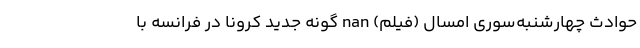
حوادث چهارشنبه‌سوری امسال (فیلم) nan گونه جدید کرونا در فرانسه با